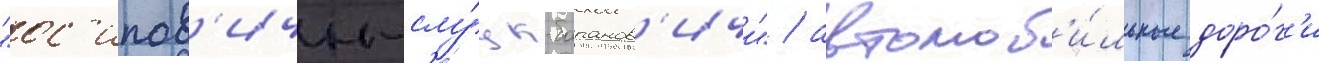
"ос'ипов'ичи-слу́цк-баранов'ичи" / автомоб'и́льные доро́г'и